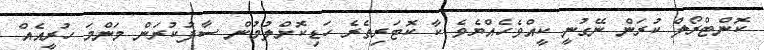
ކޮންޓްރޯލް ކުރަން ނޭގުނީ ކީއްވެހެއްޔެވެ ކާ ކޮޓަރިތެރެ ހަޑިކޮށްލުމުން ސާފުކުރަން މަންމަ ހުރީއެއް